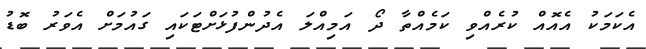
އެކަމަކު އެއޮއް ކުރެއްވި ކަމެއްތާ ދޯ އަމިއްލަ އެދުންފުޅަށްޓަކައި ގައުމަށް އެވަރު ބޮޑު